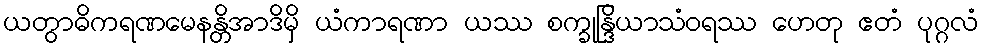
ယတွာဓိကရဏမေနန္တိအာဒိမှိ ယံကာရဏာ ယဿ စက္ခုန္ဒြိယာသံဝရဿ ဟေတု ဧတံ ပုဂ္ဂလံ